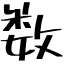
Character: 数